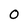
Character: O